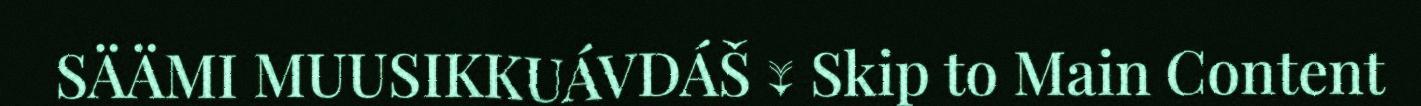
SÄÄMI MUUSIKKUÁVDÁŠ ↓ Skip to Main Content